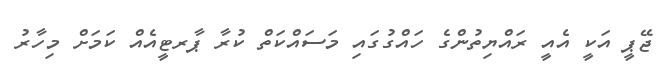
ޖޭޕީ އަކީ އެއީ ރައްޔިތުންގެ ހައްގުގައި މަސައްކަތް ކުރާ ޕާރޓީއެއް ކަމަށް މިހާރު